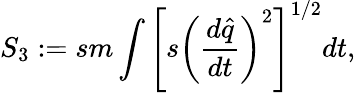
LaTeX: S_{3}:=sm\int\left[s\left(\frac{d\widehat{q}}{dt}\right)^{2}\right]^{1/2}dt,